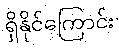
ရှိနိုင်ကြောင်း